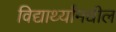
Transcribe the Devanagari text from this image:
विद्यार्थ्यांमधील